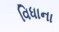
વિધાના